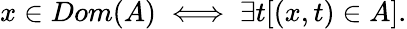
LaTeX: x\in Dom(A)\iff\exists t[(x,t)\in A].